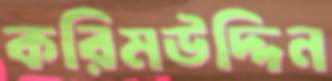
করিমউদ্দিন